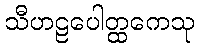
သီဟဠပေါတ္ထကေသု